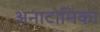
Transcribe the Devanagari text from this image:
अनाटोमिका